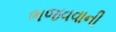
ભજવવાની